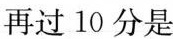
再过10分是